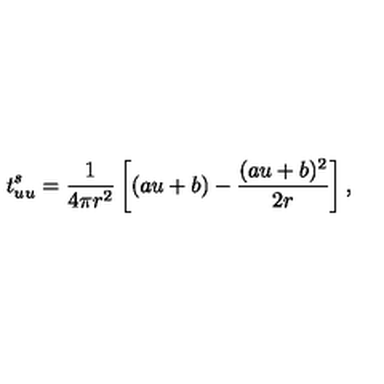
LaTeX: t _ { u u } ^ { s } = { \frac { 1 } { 4 \pi r ^ { 2 } } } \left[ ( a u + b ) - { \frac { ( a u + b ) ^ { 2 } } { 2 r } } \right] ,